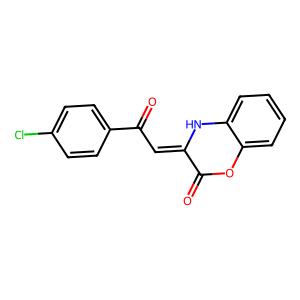
SMILES: O=C1Oc2ccccc2NC1=CC(=O)c1ccc(Cl)cc1
Inhibits HIV replication: No